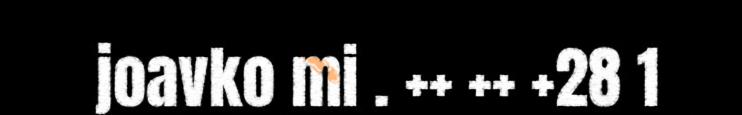
joavko mi . ++ ++ +28 1